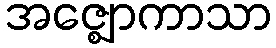
အဇ္ဈောကာသာ